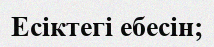
Есіктегі ебесін;